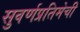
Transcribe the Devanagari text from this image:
सुवर्णप्रतिमेची